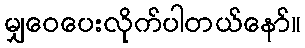
မျှဝေပေးလိုက်ပါတယ်နော်။